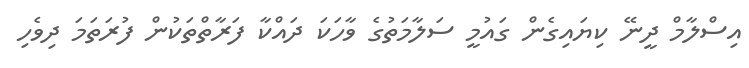
އިސްލާމް ދީނޭ ކިޔައިގެން ގައުމީ ސަލާމަތުގެ ވާހަކަ ދައްކާ ފަރާތްތަކުން ފުރަތަމަ ދިވެހި